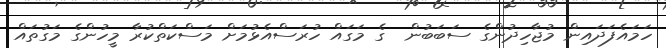
ހަމައެފަދައިން މުޖާހިދުންގެ ސަބަބުން  ގެ މަގައް ހުރަސްއެޅުމަށް މަސްކަތްކުރާ މީހުންގެ މަގުތައް